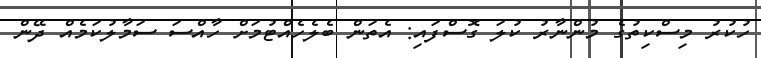
ހުކުރު މިސްކިތުގެ މުންނާރު ކުލަ ގޮސްފައި: އެތަން ބެލެހެއްޓުމަށް ހާއްސަ ސަމާލުކަމެއް ދޭން